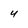
Character: 4